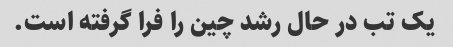
یک تب در حال رشد چین را فرا گرفته است.